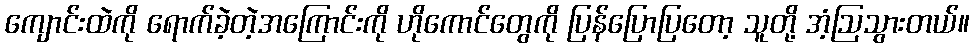
ကျောင်းထဲကို ရောက်ခဲ့တဲ့အကြောင်းကို ဟိုကောင်တွေကို ပြန်ပြောပြတော့ သူတို့ အံ့ဩသွားတယ်။